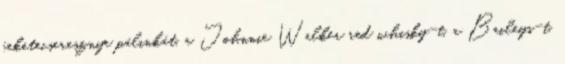
feketecseresznye pálinkát, a Johnnie Walker red whisky-t, a Baileys-t,